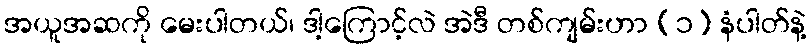
အယူအဆကို မေးပါတယ်၊ ဒါ့ကြောင့်လဲ အဲဒီ တစ်ကျမ်းဟာ (၁) နံပါတ်နဲ့